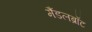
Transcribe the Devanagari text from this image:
मैंडलब्रॉट